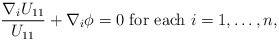
\begin{align*}\frac{\nabla_i U_{11}}{U_{11}} + \nabla_i \phi = 0 \mbox{ for each } i = 1, \ldots, n,\end{align*}